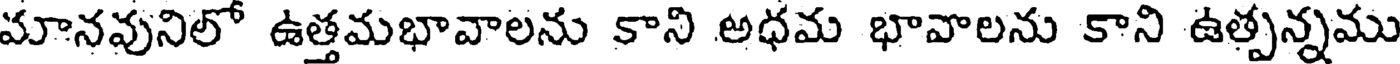
మానవునిలో ఉత్తమభావాలను కాని అధమ భావాలను కాని ఉత్పన్నము